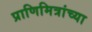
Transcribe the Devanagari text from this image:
प्राणिमित्रांच्या